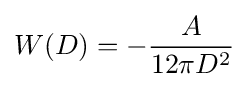
W(D)=-{\frac {A}{12\pi D^{2}}}